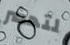
لتحضر